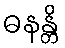
ဓနန္တိ